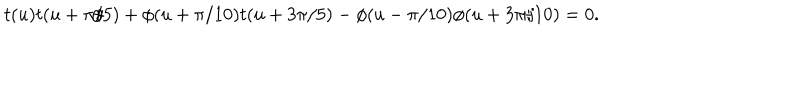
LaTeX: t ( u ) t ( u + \pi / 5 ) + \phi ( u + \pi / 1 0 ) t ( u + 3 \pi / 5 ) - \phi ( u - \pi / 1 0 ) \phi ( u + 3 \pi / 1 0 ) = 0 . \nonumber